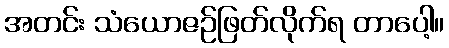
အတင်း သံယောဇဉ်ဖြတ်လိုက်ရ တာပေါ့။